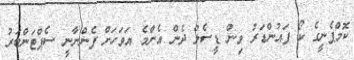
ކޮމްޕެނީގެ ކޯ ފައުންޑަރު ވިން ޑީސެލް ދެން އެންމެ އަވަހަށް ފެންނާނީ ސެޕްޓަންބަރު